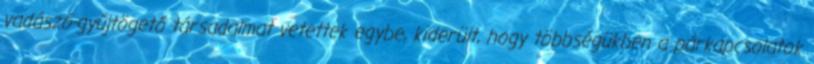
vadászó-gyűjtögető társadalmat vetettek egybe, kiderült, hogy többségükben a párkapcsolatok